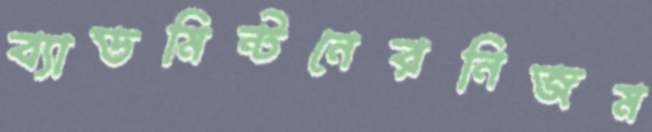
ব্যাডমিন্টনেরনিজম